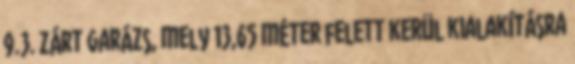
9.3. Zárt garázs, mely 13,65 méter felett kerül kialakításra